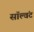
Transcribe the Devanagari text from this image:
सॉल्वंट